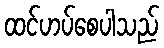
ထင်ဟပ်စေပါသည်